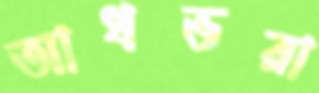
আধভরা